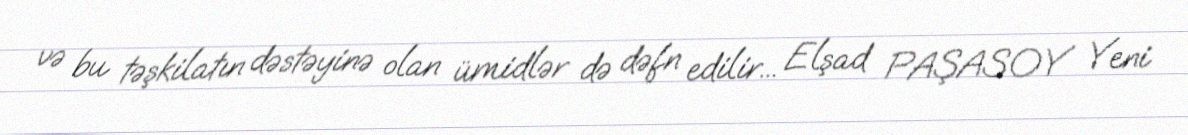
və bu təşkilatın dəstəyinə olan ümidlər də dəfn edilir... Elşad PAŞASOY Yeni